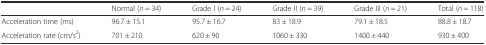
<table><thead><tr><td></td><td><b>Normal (<i>n</i> = 34)</b></td><td><b>Grade I (<i>n</i> = 24)</b></td><td><b>Grade II (<i>n</i> = 39)</b></td><td><b>Grade III (<i>n</i> = 21)</b></td><td><b>Total (<i>n</i> = 118)</b></td></tr></thead><tbody><tr><td>Acceleration time (ms)</td><td>96.7 ± 15.1</td><td>95.7 ± 16.7</td><td>83 ± 18.9</td><td>79.1 ± 18.5</td><td>88.8 ± 18.7</td></tr><tr><td>Acceleration rate (cm/s<sup>2</sup>)</td><td>701 ± 210</td><td>620 ± 90</td><td>1060 ± 330</td><td>1400 ± 440</td><td>930 ± 400</td></tr></tbody></table>